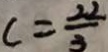
c = \frac { 2 2 } { 3 }